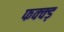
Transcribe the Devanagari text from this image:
फक्क्ड़